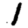
Digit: 1